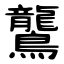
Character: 鸗